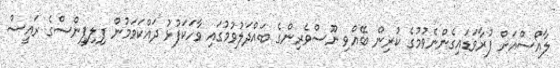
ލާއޯސްއަށް ފުރާވަޑައިގެންނެވުމުގެ ކުރިން ބޭއްވި ނޫސްވެރިންގެ ބައްދަލުވުމުގައި ވާހަކަފުޅު ދައްކަވަމުން ފިލިޕީންސްގެ ރައީސް